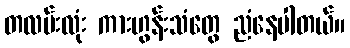
တလမ်းလုံး ကားဟွန်းသံတွေ ညံနေပါတယ်။